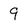
Character: 9